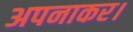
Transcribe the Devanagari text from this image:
अपनाकर।